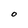
Character: O